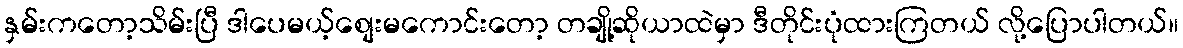
နှမ်းကတော့သိမ်းပြီ ဒါပေမယ့်စျေးမကောင်းတော့ တချို့ဆိုယာထဲမှာ ဒီတိုင်းပုံထားကြတယ် လို့ပြောပါတယ်။